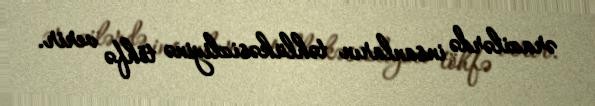
ərazilərdə insanların təhlükəsizliyinə töhfə verir.